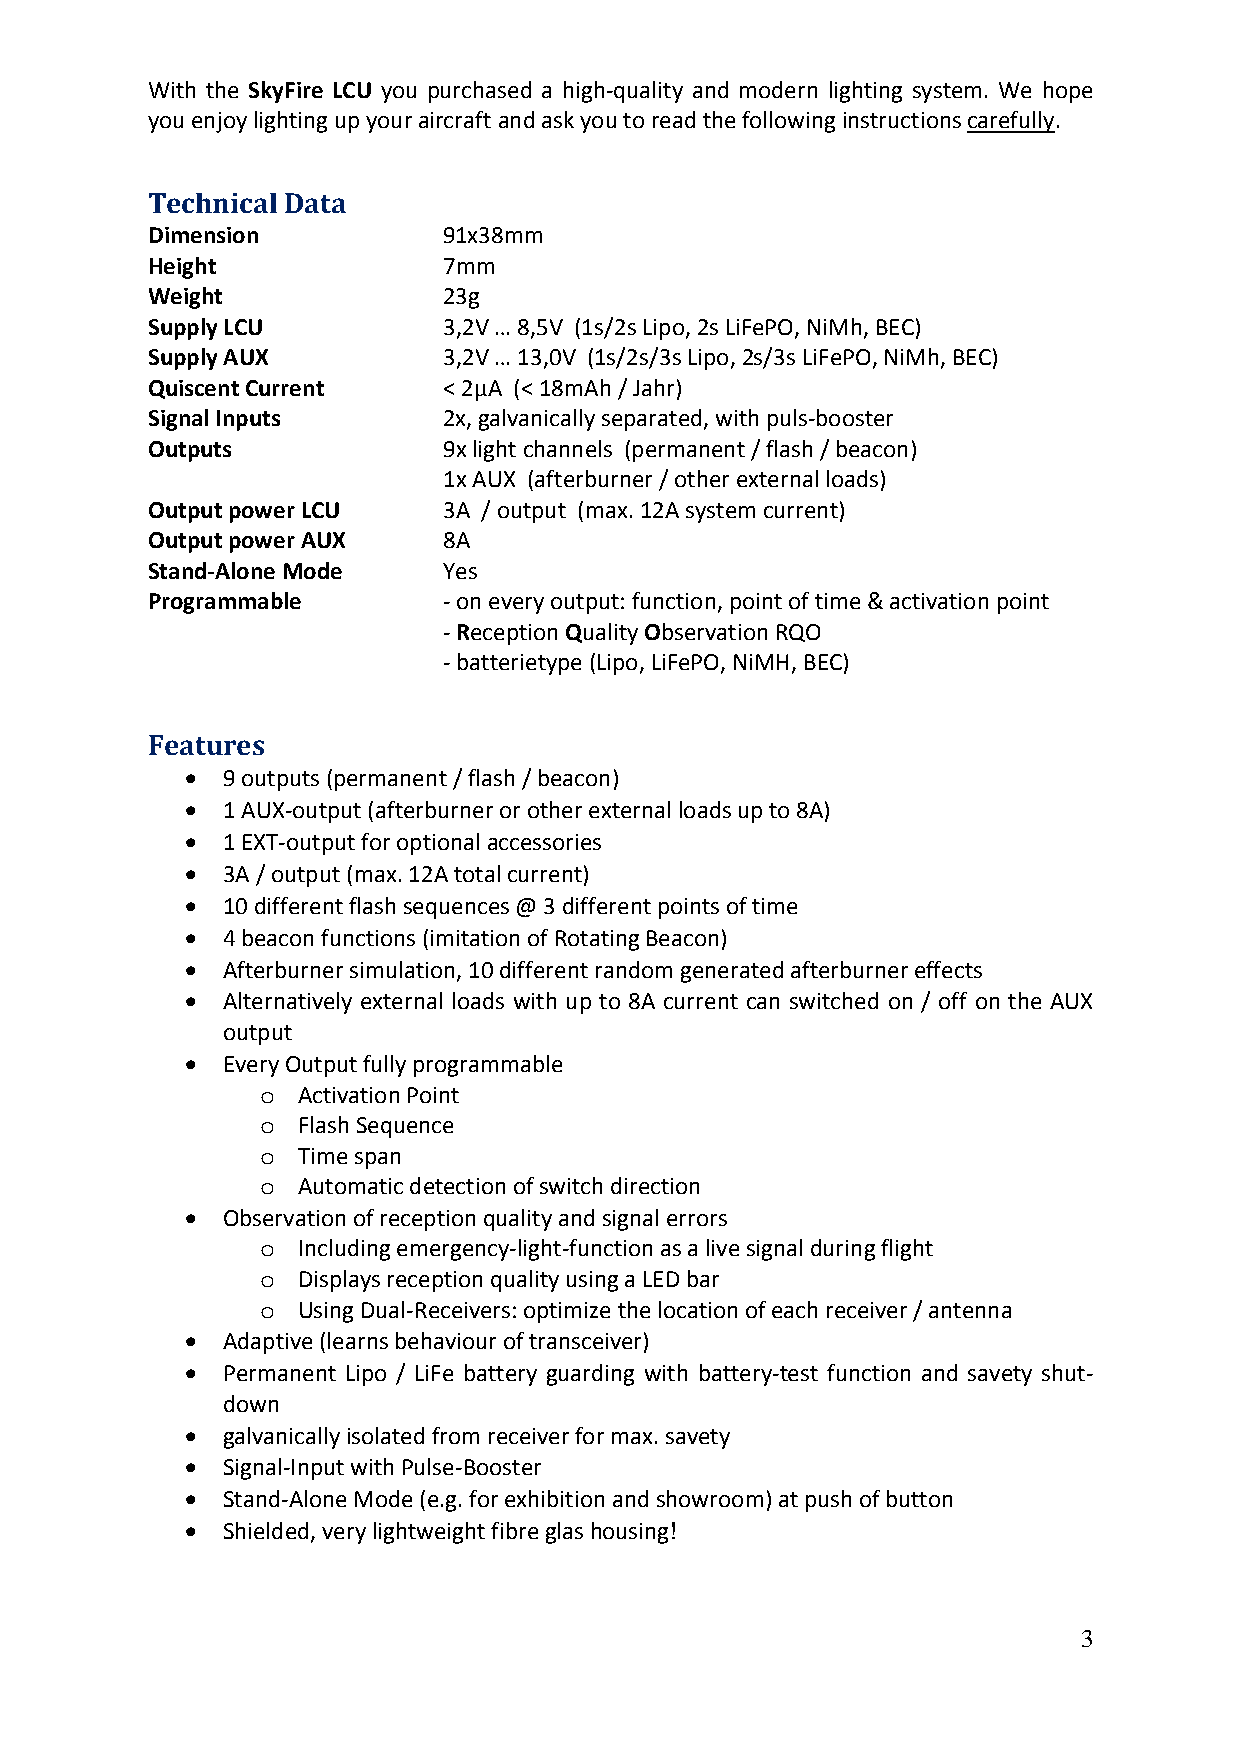
With the SkyFire LCU you purchased a high‐quality and modern lighting system. We hope
 you enjoy lighting up your aircraft and ask you to read the following instructions carefully.
 Technical Data
 Dimension          91x38mm
 Height             7mm
 Weight             23g
 Supply LCU         3,2V … 8,5V (1s/2s Lipo, 2s LiFePO, NiMh, BEC)
 Supply AUX         3,2V … 13,0V (1s/2s/3s Lipo, 2s/3s LiFePO, NiMh, BEC)
 Quiscent Current   < 2µA (< 18mAh / Jahr)
 Signal Inputs      2x, galvanically separated, with puls‐booster
 Outputs            9x light channels (permanent / flash / beacon)
 1x AUX (afterburner / other external loads)
 Output power LCU   3A / output (max. 12A system current)
 Output power AUX   8A
 Stand‐Alone Mode   Yes
 Programmable       ‐ on every output: function, point of time & activation point
 ‐ Reception Quality Observation RQO
 ‐ batterietype (Lipo, LiFePO, NiMH, BEC)
 Features
   9 outputs (permanent / flash / beacon)
   1 AUX‐output (afterburner or other external loads up to 8A)
   1 EXT‐output for optional accessories
   3A / output (max. 12A total current)
   10 different flash sequences @ 3 different points of time
   4 beacon functions (imitation of Rotating Beacon)
   Afterburner simulation, 10 different random generated afterburner effects
   Alternatively external loads with up to 8A current can switched on / off on the AUX
 output
   Every Output fully programmable
 o  Activation Point
 o  Flash Sequence
 o  Time span
 o  Automatic detection of switch direction
   Observation of reception quality and signal errors
 o  Including emergency‐light‐function as a live signal during flight
 o  Displays reception quality using a LED bar
 o  Using Dual‐Receivers: optimize the location of each receiver / antenna
   Adaptive (learns behaviour of transceiver)
   Permanent Lipo / LiFe battery guarding with battery‐test function and savety shut‐
 down
   galvanically isolated from receiver for max. savety
   Signal‐Input with Pulse‐Booster
   Stand‐Alone Mode (e.g. for exhibition and showroom) at push of button
   Shielded, very lightweight fibre glas housing!
 3